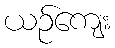
ယဉ်ကျေး